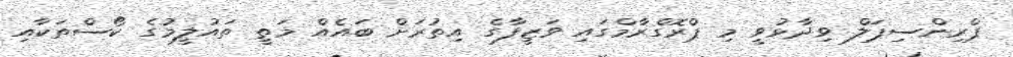
ޕްރިންސިޕަލް ވިދާޅުވީ މި ޕްރޮގްރާމްގައި ވަޒީފާގެ އިތުރަށް ބައެއް މަތީ ތައުލީމުގެ ކޯސްތަކާއި